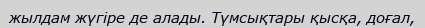
жылдам жүгіре де алады. Түмсықтары қысқа, доғал,